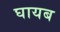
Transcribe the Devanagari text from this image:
घायब